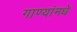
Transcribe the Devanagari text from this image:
गाण्यांमधे